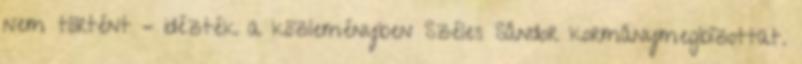
nem történt – idézték a közleményben Széles Sándor kormánymegbízottat.